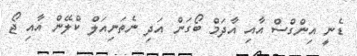
ޑެނީ އިންގްސް އާއި އާދަމް ބޯގަން އަދި ނެތަނިއަލް ކްލޭން އާއި ޖޯ